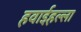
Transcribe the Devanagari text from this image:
हवाईहल्ला